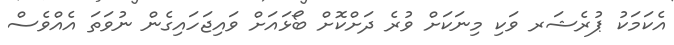
އެކަަމަކު ޕުރެޝަރ ވަކި މިނަކަށް ވުރެ ދަށްކޮށް ބޯޅައަށް ވައިޖަހައިގެން ނުވަތަ އެއްވެސް